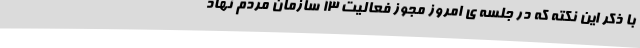
با ذکر این نکته که در جلسه ی امروز مجوز فعالیت 13 سازمان مردم نهاد